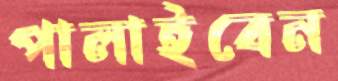
পালাইবেন